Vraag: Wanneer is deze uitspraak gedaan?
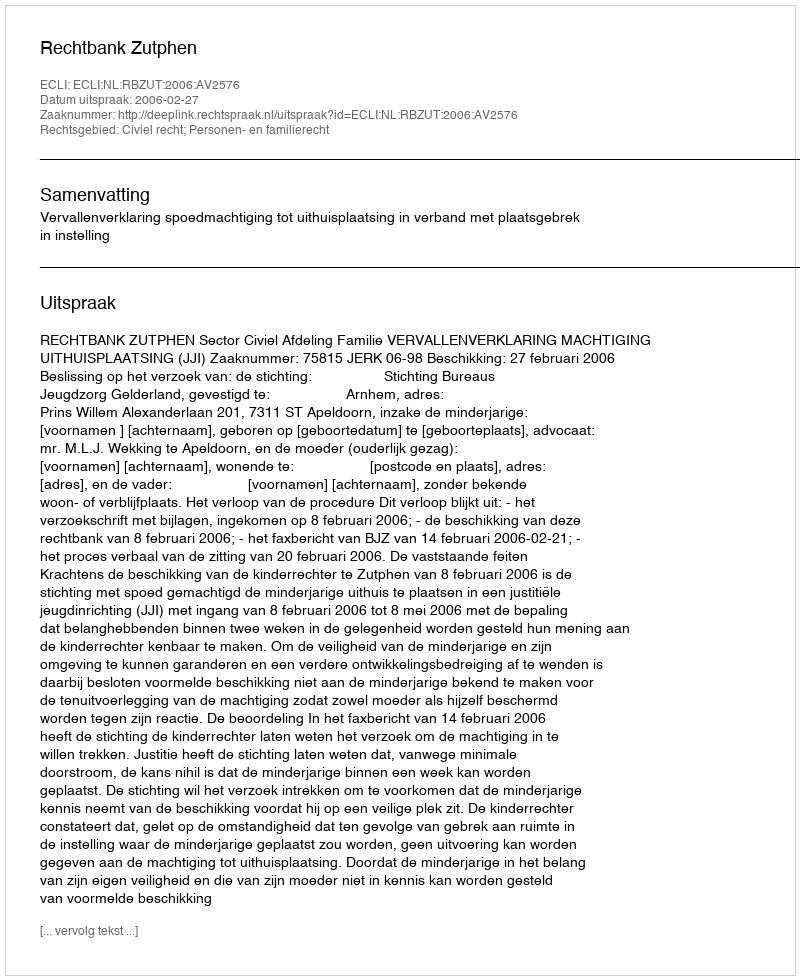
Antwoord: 2006-02-27